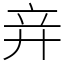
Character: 竎